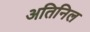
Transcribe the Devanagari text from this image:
अतिनिल